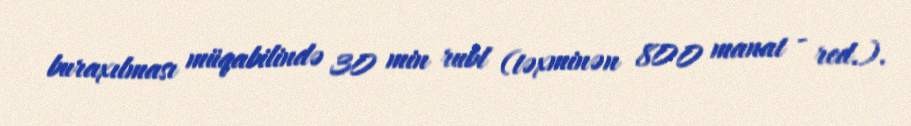
buraxılması müqabilində 30 min rubl (təxminən 800 manat - red.).